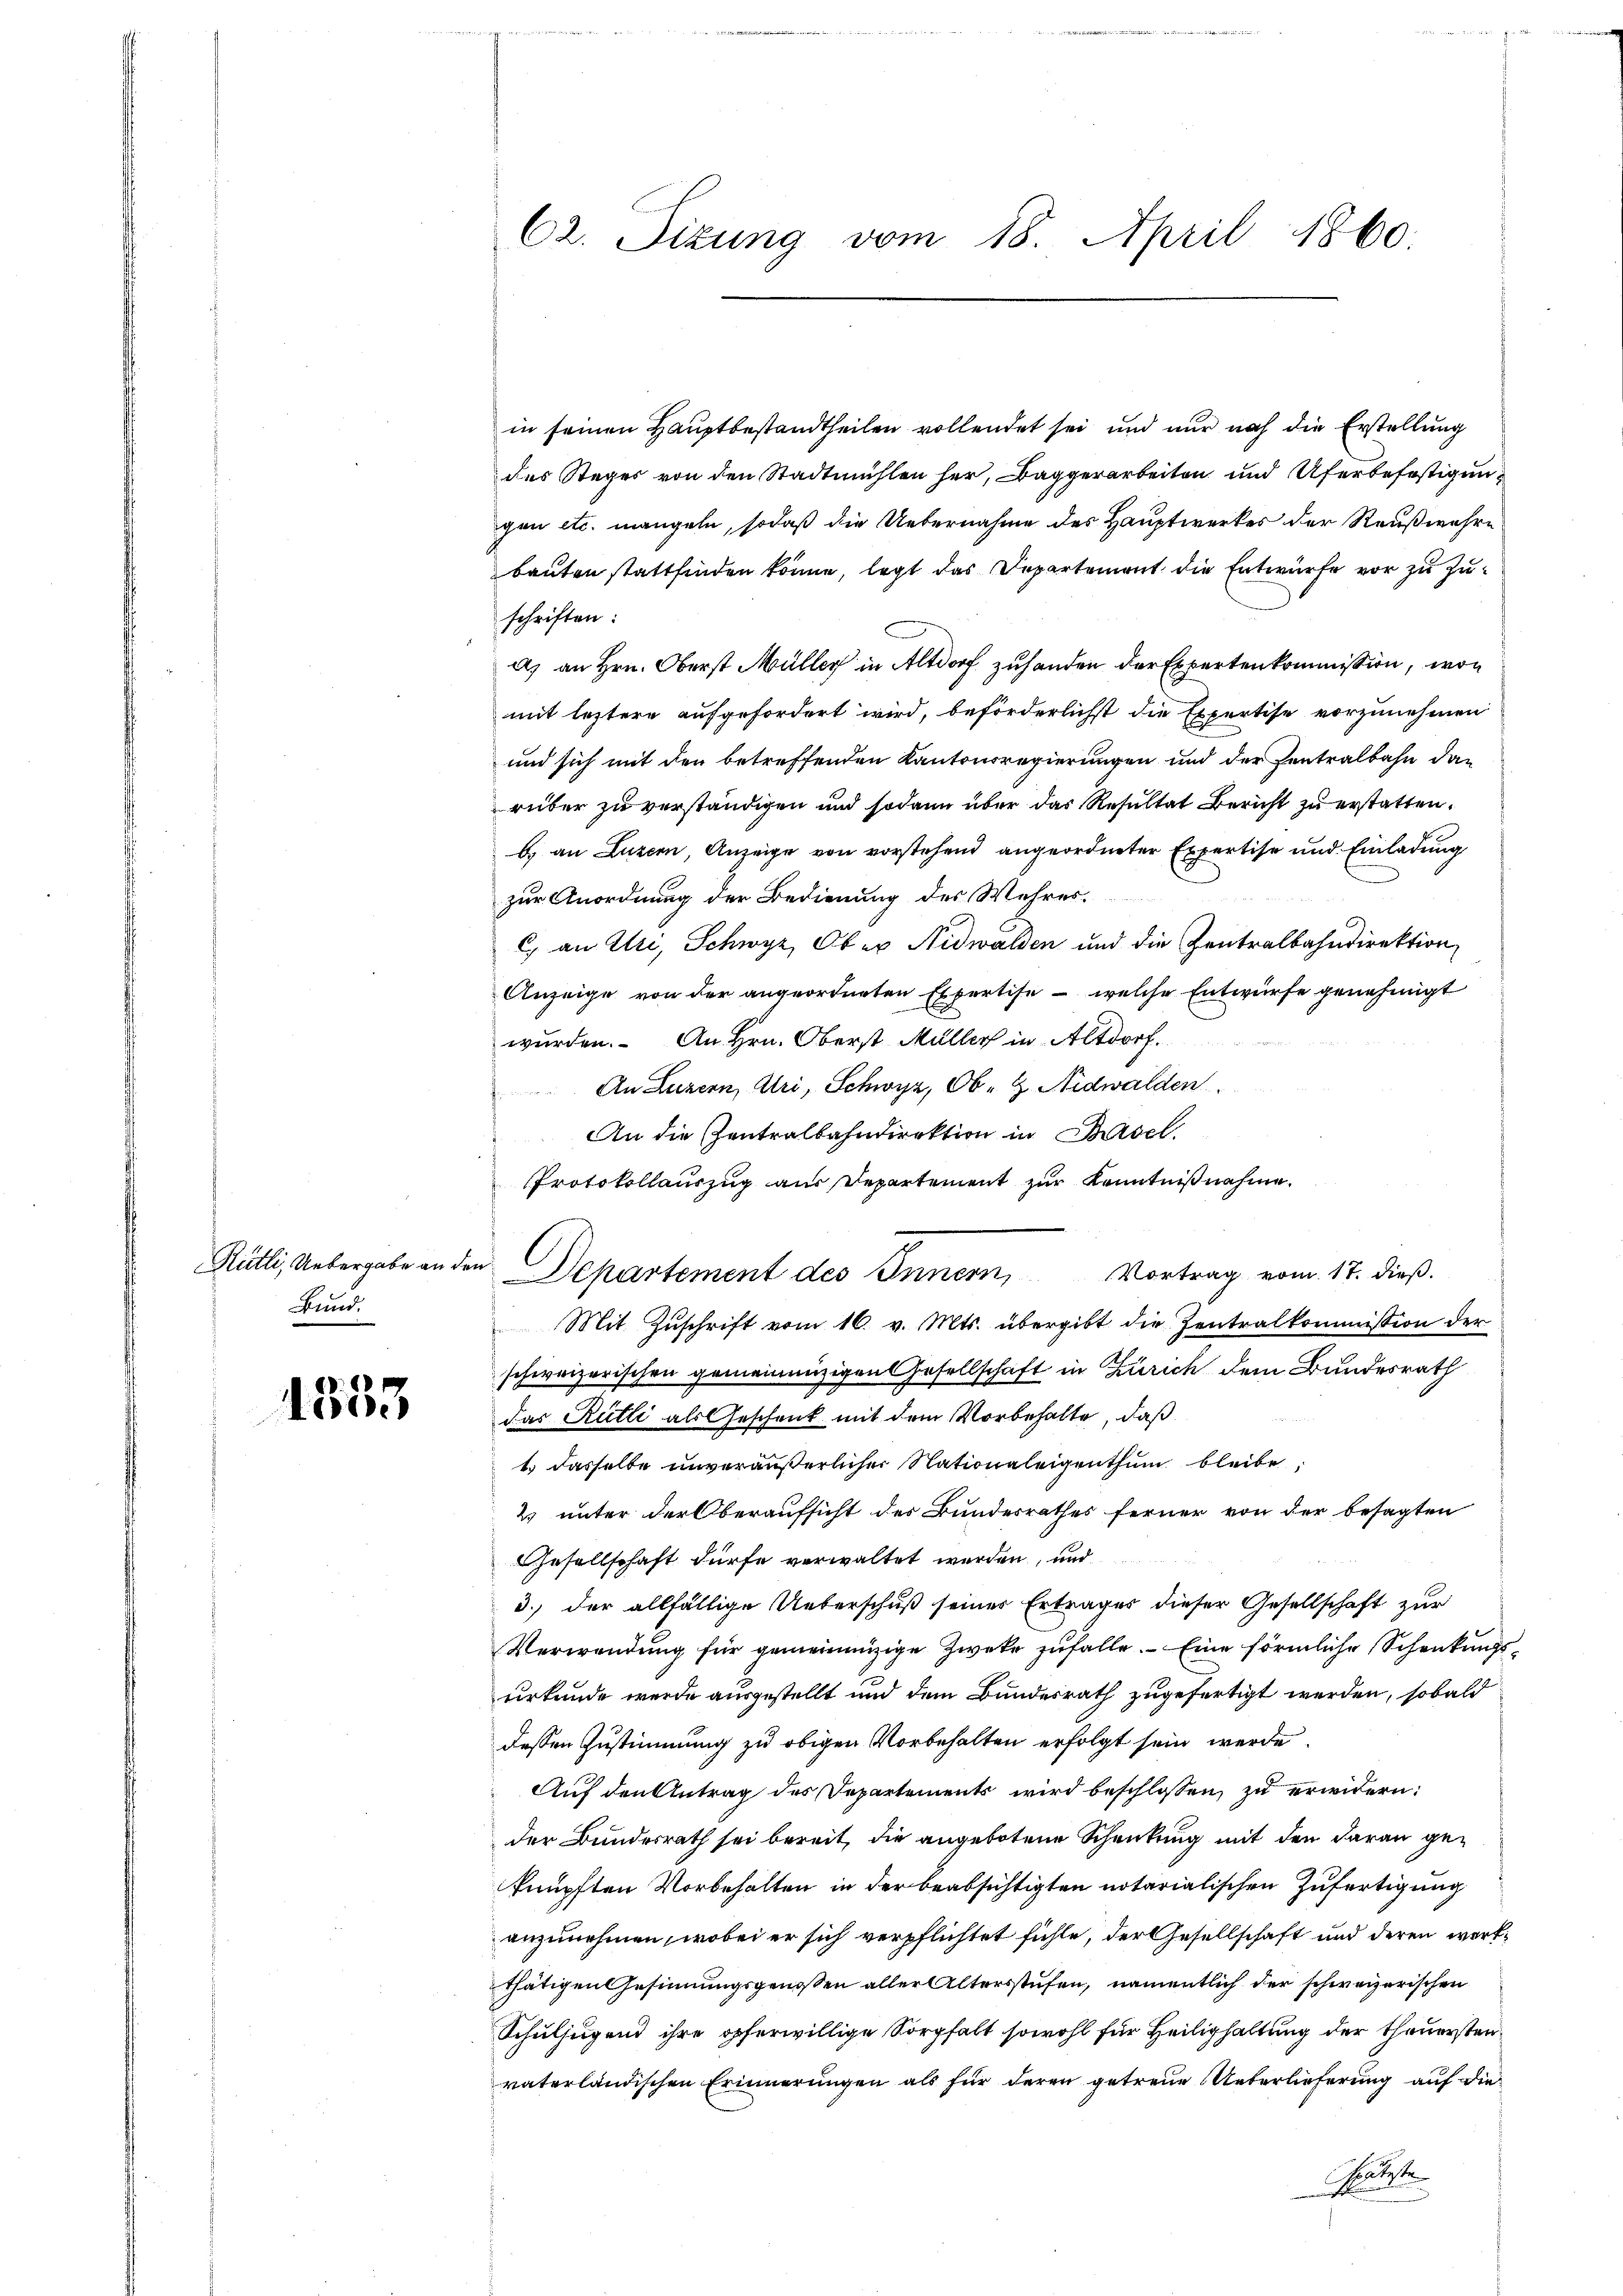
Rütli, Uebergabe aus
Bund.

E:
ooe

C2. Sizung vom 18. April 1860.

in seinen Hauptbestandtheilen vollendet sei und nur noch die Erstellung
des Steges von den Stadtmühlen her, Baggerarbeiten und Uferbefestigungen etc. mangeln, sodaß die Uebernahme des Hauptwerkes der Reußwahre
bauten stattfinden könne, legt das Departement die Entwürfe vor zu Zuschriften:
a) an Hrn. Oberst Müller in Altdorf zuhanden der Expertenkommission, won
mit leztere aufgefordert wird, beförderlichst die Expertise vorzunehmen
und sich mit den betreffenden Kantonsregierungen und der Zentralbahn dan
rüber zu verständigen und sodann über das Resultat Bericht zu erstatten.
b.) an Luzern, Anzeige von vorstehend angeordneter Expertise und Einladung
zur Anordnung der Bedienung des Wehres.
C) an Uri, Schwyz, Ober Nidwalden und die Zentralbahndirektion
Anzeige von der angeordneten Expertise - welche Entwürfe genehmigt
wurden. An Hrn. Oberst Müller in Altdorf.
An Luzern, Uri, Schwyz, Ob- G. Nidwalden
An die Zentralbahndirektion in Basel.
Protokollauszug aus Departement zur Kenntnißnahme.
schweizerischen gemeinnüzigen Gesellschaft in Zürich dem Bundesrath
das Rütli als Geschenk mit dem Vorbehalte, daß
1. dasselbe unveräußerlicher Nationaleigenthum bleibe,
2. unter der Oberaufsicht des Bundesrathes ferner von der besagten
Gesellschaft dürfe verwaltet werden, und
3. der allfällige Ueberschuß seiner Ertrages dieser Gesellschaft zur
Verwendung für gemeinnüzige Zweke zufalle. Eine förmliche Schenkungsurkunde werde ausgestellt und dem Bundesrath zugefertigt werden, sobald
dessen Zustimmung zu obigen Vorbehalten erfolgt sein werde.
Auf den Antrag des Departements wird beschlossen, zu erwidern:
der Bundesrath sei bereit, die angebotene Schreckung mit den daran geknüpften Vorbehalten in der beabsichtigten notarialischen Zufertigung
anzunehmen, wobei er sich verpflichtet fühle, der Gesellschaft und deren werkthätigen Gesinnungsgenoßen aller Altersstufen, namentlich der schweizerischen
Schulfügend ihre opferwillige Sorgfalt sowohl für Heilighaltung der theuersten
vaterländischen Erinnerungen als für deren getreue Ueberlieferung auf die
späteste

Departement des Innern, Vortrag vom 17. dieβ.
Mit Zuschrift vom 16. v. Mts. übergibt die Zentralkommission der